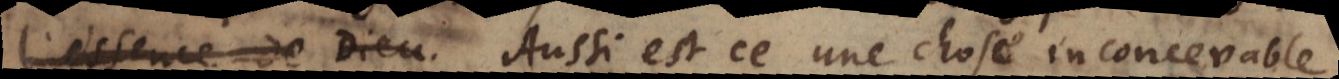
exprime sa cause. Aussi est ce une chose inconcevable